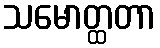
သမောတ္ထတာ